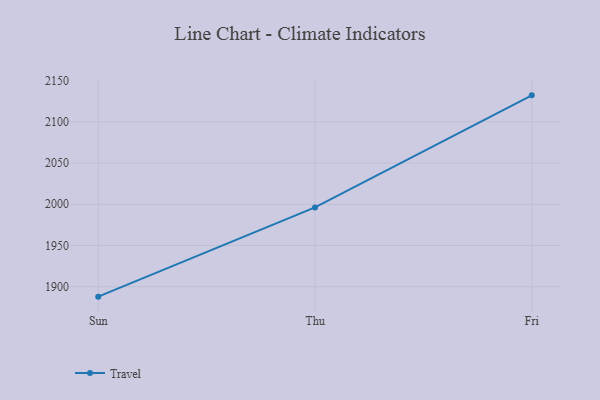
{"axis": {"x": "Day", "y": "Production Output"}, "legend": ["Travel"], "data": [{"x": "Sun", "y": 1888.0, "type": "Travel"}, {"x": "Thu", "y": 1996.2, "type": "Travel"}, {"x": "Fri", "y": 2132.0, "type": "Travel"}]}